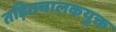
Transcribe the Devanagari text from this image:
तड़ितचालकयुक्त